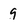
Character: 9